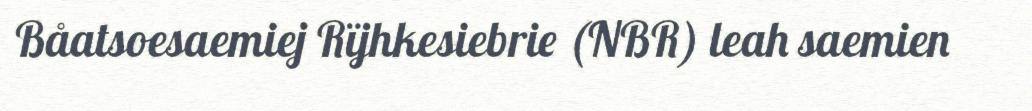
Båatsoesaemiej Rïjhkesiebrie (NBR) leah saemien